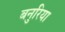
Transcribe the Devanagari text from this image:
बनुरिया